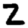
Digit: 2